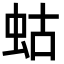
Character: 蛄